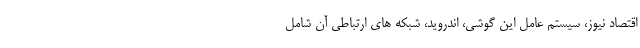
اقتصاد نیوز، سیستم عامل این گوشی، اندروید، شبکه های ارتباطی آن شامل